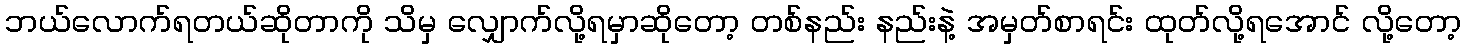
ဘယ်လောက်ရတယ်ဆိုတာကို သိမှ လျှောက်လို့ရမှာဆိုတော့ တစ်နည်း နည်းနဲ့ အမှတ်စာရင်း ထုတ်လို့ရအောင် လို့တော့